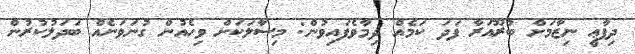
ދިފާޢީ ނިޒާމަށް ބުރޫއަރާ ފަދަ ކަމެއް ދިމާވެފައިވުން: މިސާލަކަށް ވިހެއުން ގުނަވަނެއް ބަދަލުކުރުން